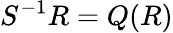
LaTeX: S^{-1}R=Q(R)